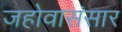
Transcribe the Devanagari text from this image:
जहोवासंसार